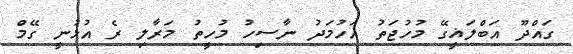
ގައްދޫ އަބްލަޣީގޭ މުހުޖަތު އަހުމަދު ނާސިހު މުހީތު މަރާލި ރެ އުޅުނީ ގޭމް